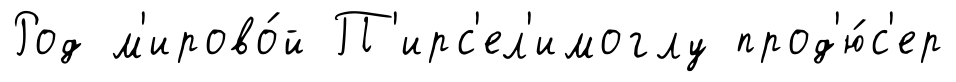
Род м'ирово́й П'ирс'ел'имоглу прод'ю́с'ер